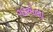
ગાએલા